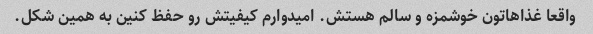
واقعا غذاهاتون خوشمزه و سالم هستش. امیدوارم کیفیتش رو حفظ کنین به همین شکل.